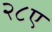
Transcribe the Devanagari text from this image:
२८ए